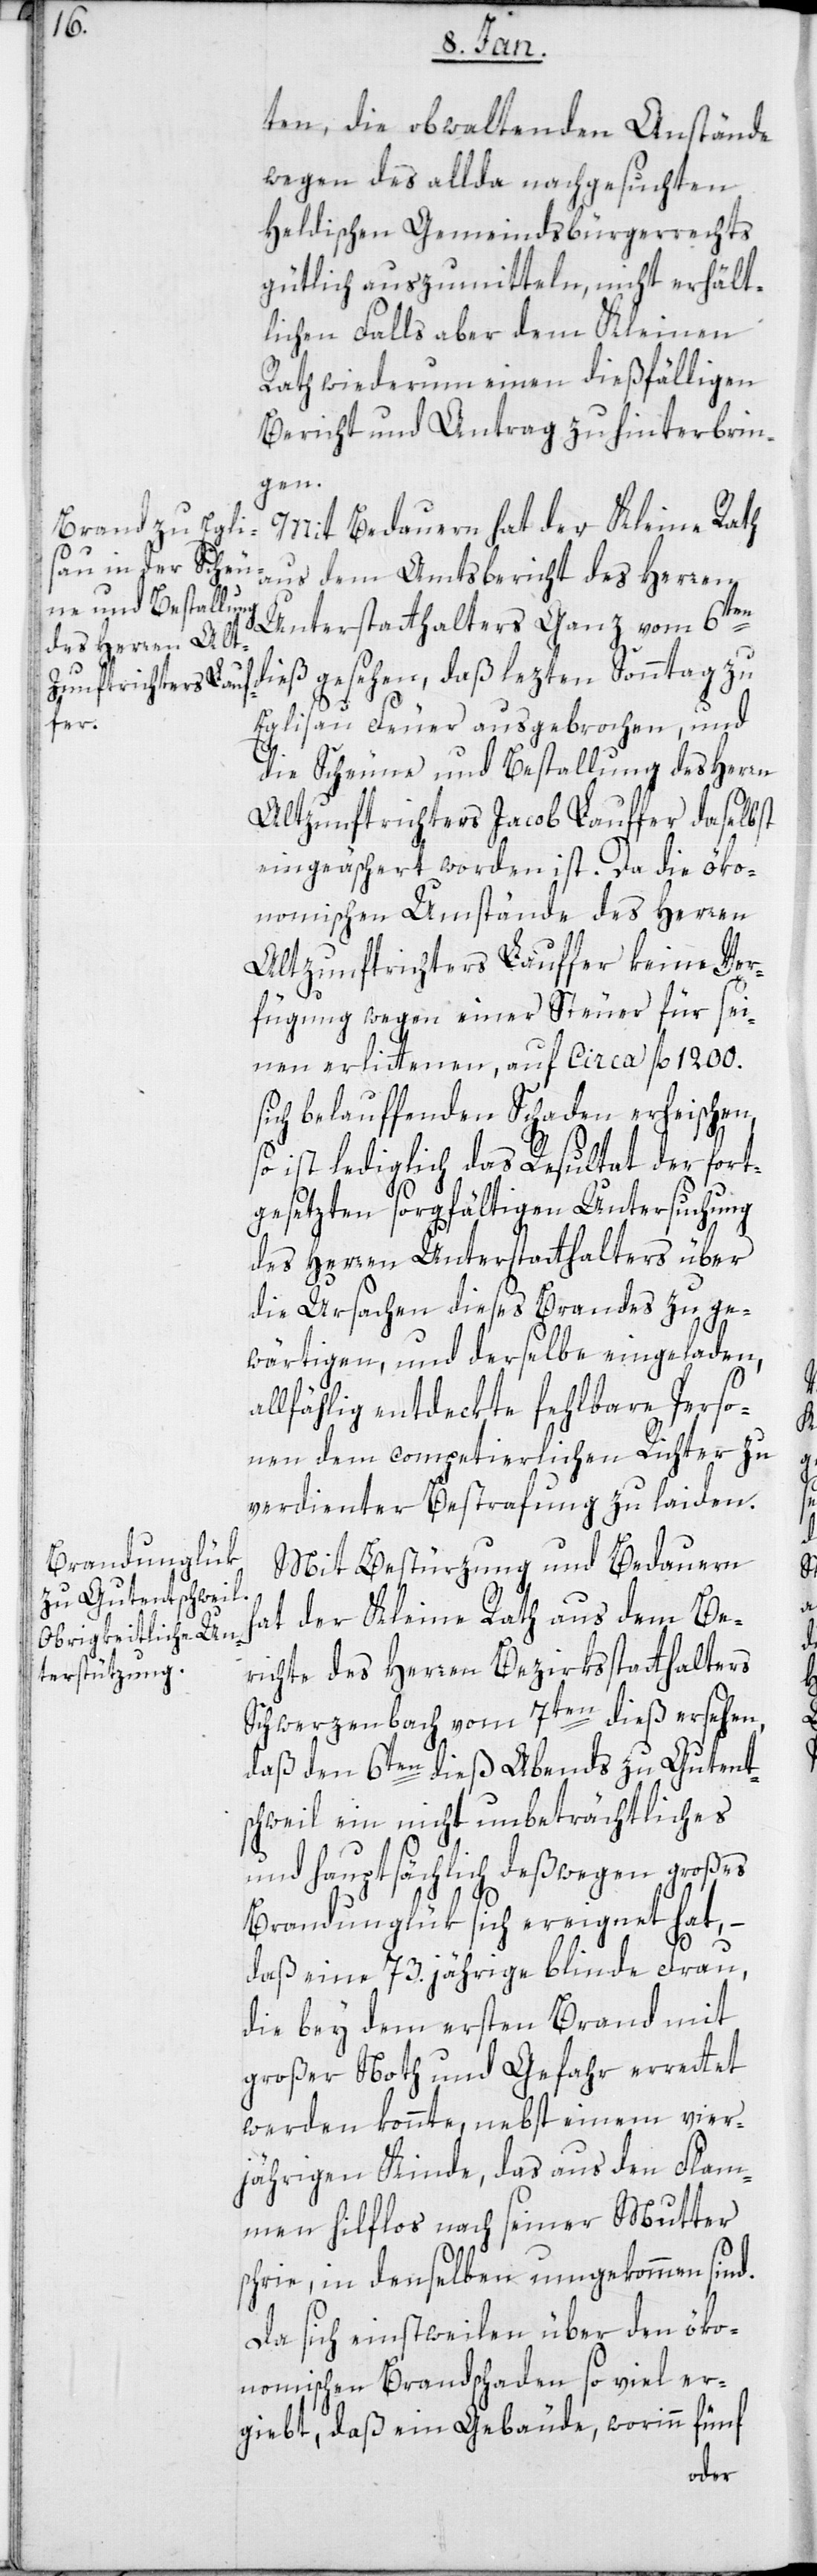
ten, die obwaltenden Anstände
wegen des allda nachgesuchten
heldischen Gemeindsbürgerrechts
gütlich auszumitteln, nicht erhält¬
lichen Falls aber dem Kleinen
Rath wiederum einen dießfälligen
Bericht und Antrag zu hinterbrin¬
gen.
Mit Bedauern hat der Kleine Rath
aus dem Amtsbericht des Herren
Unterstatthalters Ganz vom 6ten
dieß gesehen, daß letzten Sonntag zu
Eglisau Feuer ausgebrochen, und
die Scheune und Bestallung des Herren
Altzunftrichters Jacob Lauffer daselbst
eingeäschert worden ist. Da die öko¬
nomischen Umstände des Herren
Altzunftrichters Lauffer keine Ver¬
fügung wegen einer Steuer für sei¬
nen erlittenen, auf circa fl. 1200
sich belauffenden Schaden erheischen,
so ist lediglich das Resultat der fort¬
gesetzten sorgfältigen Untersuchung
des Herren Unterstatthalters über
die Ursachen dieses Brandes zu ge¬
wärtigen, und derselbe eingeladen,
allfählig entdeckte fehlbare Perso¬
nen dem competierlichen Richter zu
verdienter Bestrafung zu laiden.
Mit Bestürzung und Bedauern
hat der Kleine Rath aus dem Be¬
richte des Herren Bezirksstatthalters
Schwerzenbach vom 7ten dieß ersehen,
daß den 6ten dieß abends zu Gutent¬
schweil ein nicht unbeträchtliches
und hauptsächlich deßwegen großes
Brandunglück sich ereignet hat, –
daß eine 73. jährige blinde Frau,
die bey dem ersten Brand mit
großer Not und Gefahr errettet
werden konnte, nebst einem vier¬
jährigen Kinde, das aus den Flam¬
men hilflos nach seiner Mutter
schrie, in denselben umgekommen sind.
Da sich einstweilen über den öko¬
nomischen Brandschaden so viel er¬
giebt, daß ein Gebäude, worin fünf